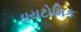
ડાયટોમિક